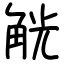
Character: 觥